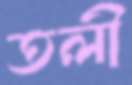
তলী